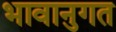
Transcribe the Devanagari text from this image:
भावानुगत